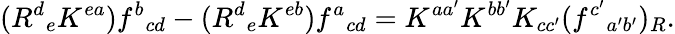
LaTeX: (R^{d}{}_{e}K^{ea})f^{b}{}_{cd}-(R^{d}{}_{e}K^{eb})f^{a}{}_{cd}=K^{aa^{\prime}}K^{bb^{\prime}}K_{cc^{\prime}}(f^{c^{\prime}}{}_{a^{\prime}b^{\prime}})_{R}.